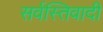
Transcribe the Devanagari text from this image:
सर्वस्तिवादी